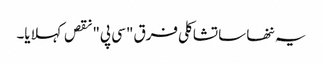
یہ ننھا سا تشاکلی فرق "سی پی" نقص کہلایا۔